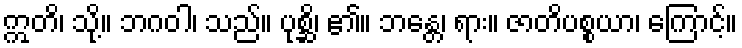
ဣတိ၊ သို့။ ဘဂဝါ၊ သည်။ ပုစ္ဆိ၊ ၏။ ဘန္တေ၊ ရား။ ဇာတိပစ္စယာ၊ ကြောင့်။